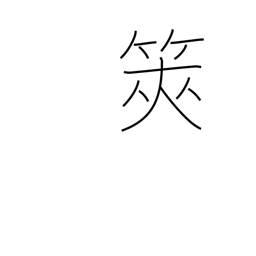
Meaning: divining sticks